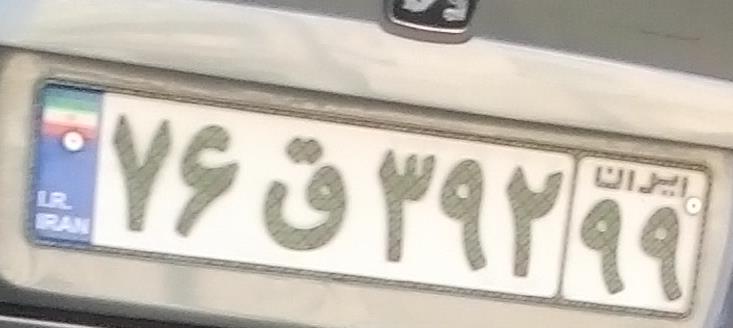
۷۶ق۳۹۲۹۹